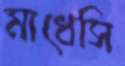
মাধেসি